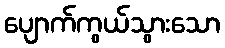
ပျောက်ကွယ်သွားသော